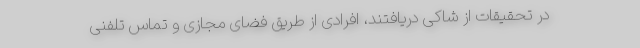
در تحقیقات از شاکی دریافتند، افرادی از طریق فضای مجازی و تماس تلفنی